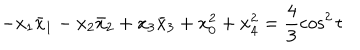
LaTeX: - x _ { 1 } \bar { x } _ { 1 } - x _ { 2 } \bar { x } _ { 2 } + x _ { 3 } \bar { x } _ { 3 } + x _ { 0 } ^ { 2 } + x _ { 4 } ^ { 2 } = \frac { 4 } { 3 } \cos ^ { 2 } t